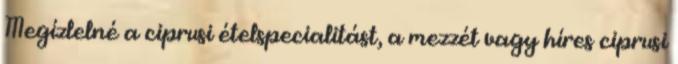
Megízlelné a ciprusi ételspecialitást, a mezzét vagy híres ciprusi